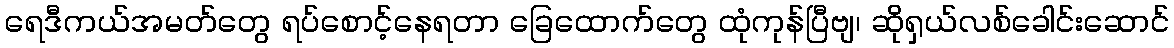
ရေဒီကယ်အမတ်တွေ ရပ်စောင့်နေရတာ ခြေထောက်တွေ ထုံကုန်ပြီဗျ၊ ဆိုရှယ်လစ်ခေါင်းဆောင်